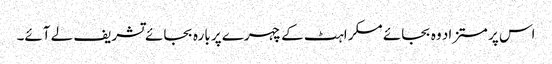
اس پر مستزاد وہ بجائے مسکراہٹ کے چہرے پر بارہ بجائے تشریف لے آئے۔